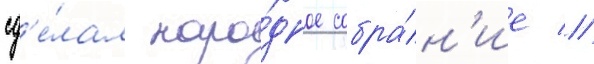
сд'е́лал наро́дное собра́н'ие //